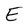
Character: E